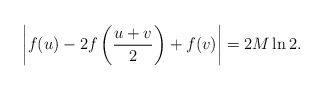
\begin{align*}\left|f(u)-2f\left(\frac{u+v}{2}\right)+f(v)\right| = 2M \ln 2.\end{align*}